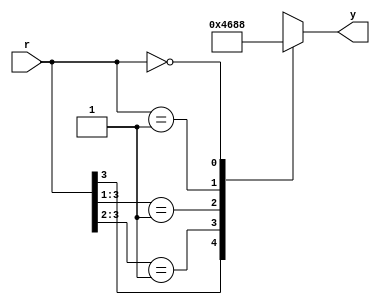
`timescale 1ns / 1ps
//////////////////////////////////////////////////////////////////////////////////
// Company: 
// Engineer: 
// 
// Design Name: 
// Module Name: prio_encoder_casez
// Project Name: 
// Target Devices: 
// Tool Versions: 
// Description: 
// 
// Dependencies: 
// 
// Revision:
// Revision 0.01 - File Created
// Additional Comments:
// 
//////////////////////////////////////////////////////////////////////////////////


  module prio_encoder_casez
        (
        input  [3:0]  r,
        output  reg  [2:0]  y
       );          
       always @*
             casez (r)
                4'b1???: y = 3'b100;
                4'b01??: y = 3'b011;
                4'b001?: y = 3'b010;
                4'b0001: y = 3'b001;
                4'b0000: y = 3'b000;     // default
        endcase
   endmodule